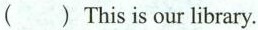
() This is our library.